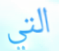
التي